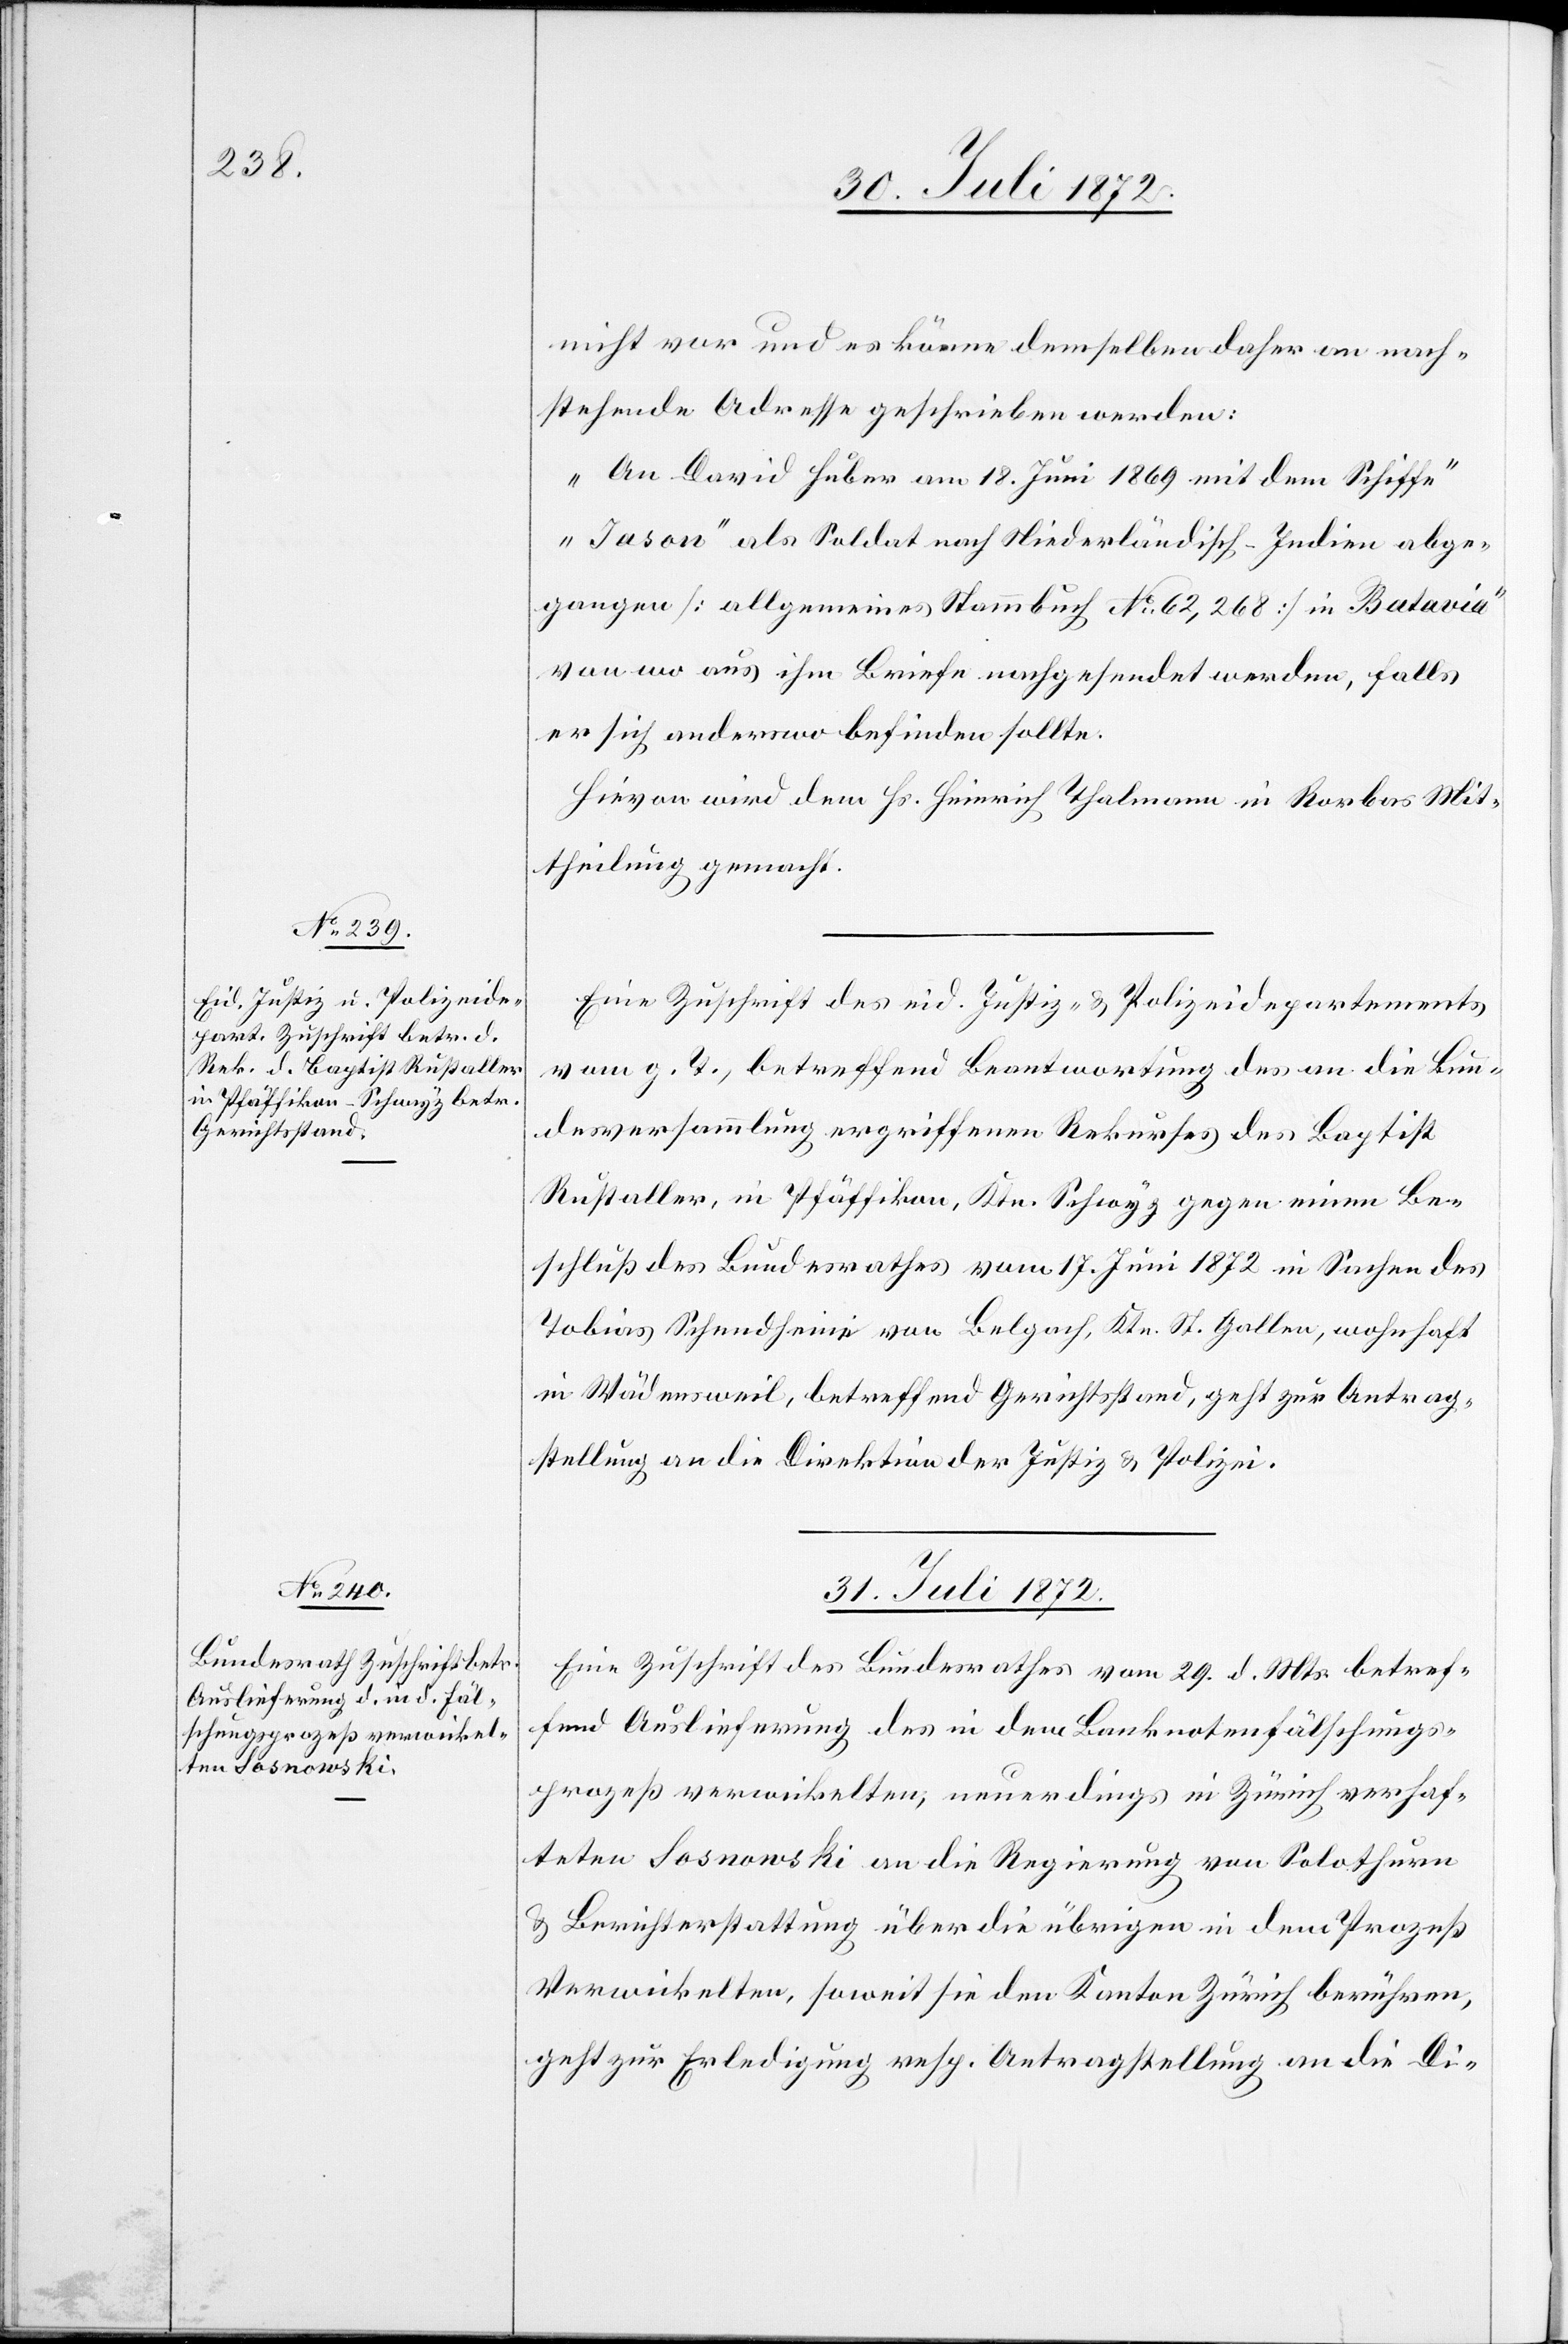
nicht vor und es könne demselben daher an nach¬
stehende Adresse geschrieben werden:
„An David Huber am 18. Juni 1869 mit dem Schiffe
„Jason“ als Soldat nach Niederländisch-Indien abge¬
gangen [allgemeines Stammbuch No 62,268] in Batavia“
von wo aus ihm Briefe nachgesendet werden, falls
er sich anderswo befinden sollte.
Hievon wird dem Hs. Heinrich Thalmann in Rorbas Mit¬
theilung gemacht.
Eine Zuschrift des eid. Justiz- u. Polizeidepartements
vom g. T., betreffend Beantwortung des an die Bun¬
desversammlung ergriffenen Rekurses des Baptist
Rustaller, in Pfäffikon, Ktn. Schwyz gegen einen Be¬
schluß des Bundesrathes vom 17. Juni 1872 in Sachen des
Tobias Schmidheini von Balgach, Ktn. St. Gallen, wohnhaft
in Wädensweil, betreffend Gerichtsstand, geht zur Antrag¬
stellung an die Direktion der Justiz u. Polizei.
31. Juli 1872.
Eine Zuschrift des Bundesrathes vom 29. d. Mts. betref¬
fend Auslieferung des in dem Banknotenfälschungs¬
prozeß verwickelten, neuerdings in Zürich verhaf¬
teten Sosnowski an die Regierung von Solothurn
u. Berichterstattung über die übrigen in dem Prozeß
Verwickelten, soweit sie den Kanton Zürich berühren,
geht zur Erledigung resp. Antragstellung an die Di-